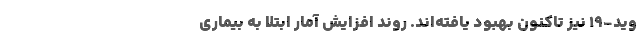
وید-۱۹ نیز تاکنون بهبود یافته‌اند. روند افزایش آمار ابتلا به بیماری